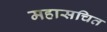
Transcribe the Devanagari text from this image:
महासचित